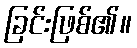
ခြင်းဖြစ်၏။